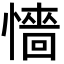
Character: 懎